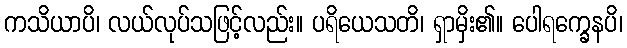
ကသိယာပိ၊ လယ်လုပ်သဖြင့်လည်း။ ပရိယေသတိ၊ ရှာမှိး၏။ ပေါရက္ခေနပိ၊